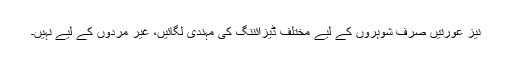
نیز عورتیں صرف شوہروں کے لیے مختلف ڈیزائننگ کی مہندی لگائیں، غیر مردوں کے لیے نہیں۔